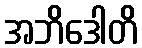
အဘိဒေါတိ